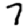
Digit: 7